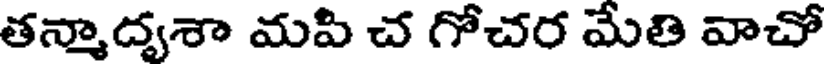
తన్మాద్వశా మపి చ గోచర మేతి వాచో